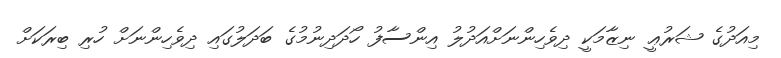
މިއަދުގެ ޝަރުޢީ ނިޒާމަކީ ދިވެހިންނަށްއަދުލު އިންސާފު ހޯދަދިނުމުގެ ބަދަލުގައި ދިވެހިންނަށް ހުރި ބިރަކަށް